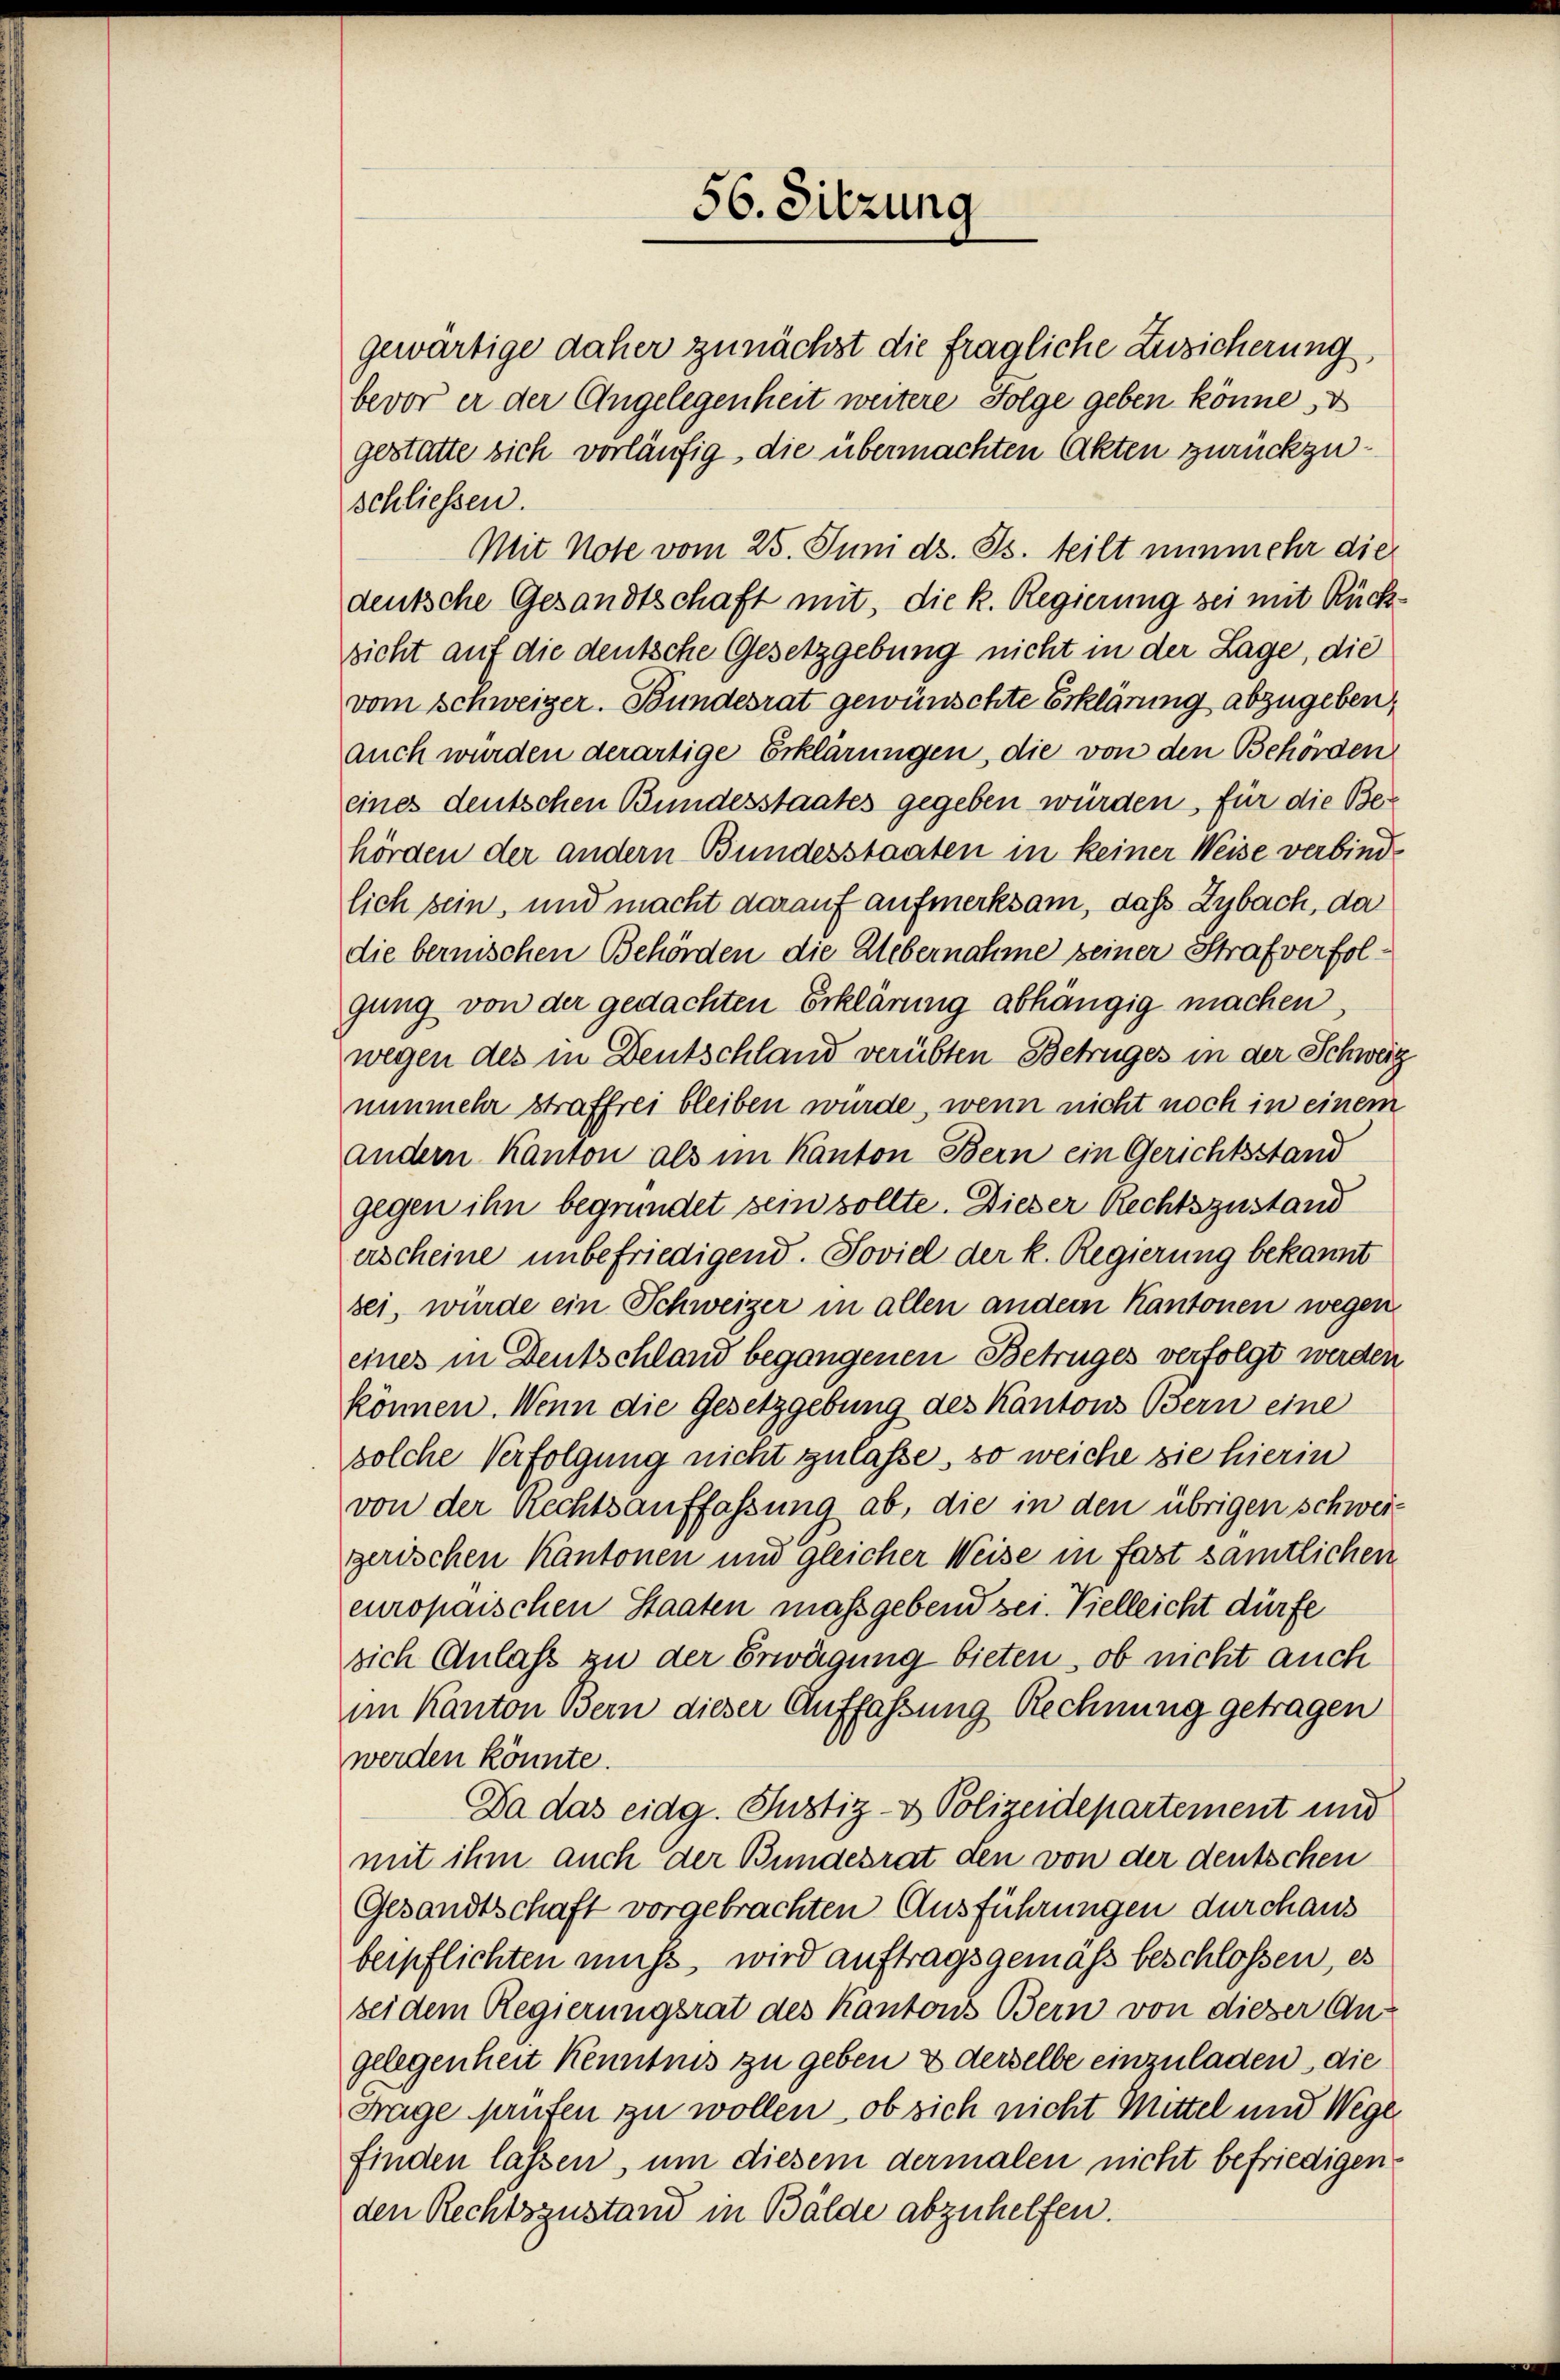
gewärtige daher zunächst die fragliche Zusicherung
bevor er der Angelegenheit weitere Folge geben könne, d
gestatte sich vorläufig, die übermachten Akten zurückzuschliessen.
Mit Note vom 25. Juni d. Js. teilt nunmehr die
deutsche Gesandtschaft mit, die k. Regierung sei mit Rücksicht auf die deutsche Gesetzgebung nicht in der Lage, die
vom Schweizer. Bundesrat gewünschte Erklärung abzugeben,
auch würden derartige Erklärungen, die von den Behörden
eines deutschen Bundesstaates gegeben würden für die Behörden der andern Bundesstaaten in keiner Weise verbind
lich sein, und macht darauf aufmerksam, das Zybach, da
die bernischen Behörden die Uebernahme seiner Strafverfolgung von der gedachten Erklärung abhängig machen,
wegen des in Deutschland verübten Betruges in der Schweiz
nunmehr straffrei bleiben würde, wenn nicht noch in einem
andern Kanton als im Kanton Bern ein Gerichtsstand
gegen ihn begründet sein sollte. Dieser Rechtszustand
erscheine unbefriedigend. Soviel der k. Regierung bekannt
sei, würde ein Schweizer in allen andern Kantonen wegen
eines in Deutschland begangenen Betruges verfolgt werden
können. Wenn die Gesetzgebung des Kantons Bern eine
solche Verfolgung nicht zulasse, so weiche sie hierin
von der Rechtsauffassung ab, die in den übrigen schweiz
gerischen Kantonen und gleicher Weise in fast samtlichen
europaischen Staaten maßgebend sei. Vielleicht dürfe
sich Anlass zu der Erwägung bieten, ob nicht auch
im Kanton Bern dieser Auffassung Rechnung getragen
werden könnte.
Da das eidg. Justiz- & Polizeidepartement und
mit ihm auch der Bundesrat den von der deutschen
Gesandtschaft vorgebrachten Ausführungen durchaus
beipflichten muss, wird auftragsgemäß beschlossen, es
bei dem Regierungsrat des Kantons Bern von dieser An-
gelegenheit kenntnis zu geben & derselbe einzuladen, die
Frage prüfen zu wollen, ob sich nicht Mittel und Wege
finden lassen, um diesem dermalen nicht befriedigen
den Rechtszustand in Bälde abzuhelfen.

56. Sitzung